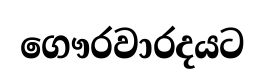
ගෞරවාරදයට